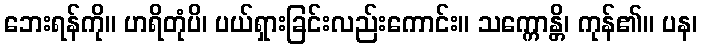
ဘေးရန်ကို။ ဟရိတုံပိ၊ ပယ်ရှားခြင်းလည်းကောင်း။ သက္ကောန္တိ၊ ကုန်၏။ ပန၊